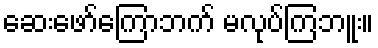
ဆေးဖော်ကြောဘက် မလုပ်ကြဘူး။